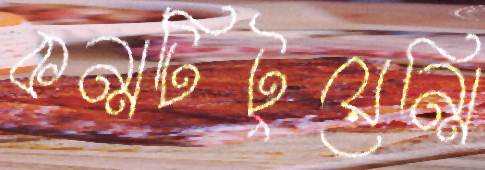
কন্সটিটুয়েন্সি